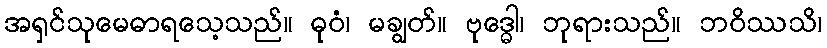
အရှင်သုမေဓာရသေ့သည်။ ဓုဝံ၊ မချွတ်။ ဗုဒ္ဓေါ၊ ဘုရားသည်။ ဘဝိဿသိ၊